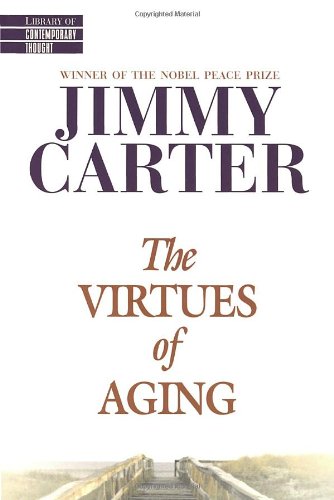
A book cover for The Virtues of Aging (Library of Contemporary Thought); Jimmy Carter; Politics & Social Sciences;